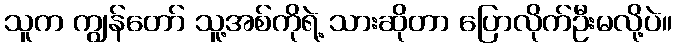
သူက ကျွန်တော် သူ့အစ်ကိုရဲ့ သားဆိုတာ ပြောလိုက်ဦးမလို့ပဲ။